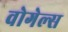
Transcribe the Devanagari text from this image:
वोगेल्स